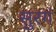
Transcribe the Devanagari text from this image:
सुरगं